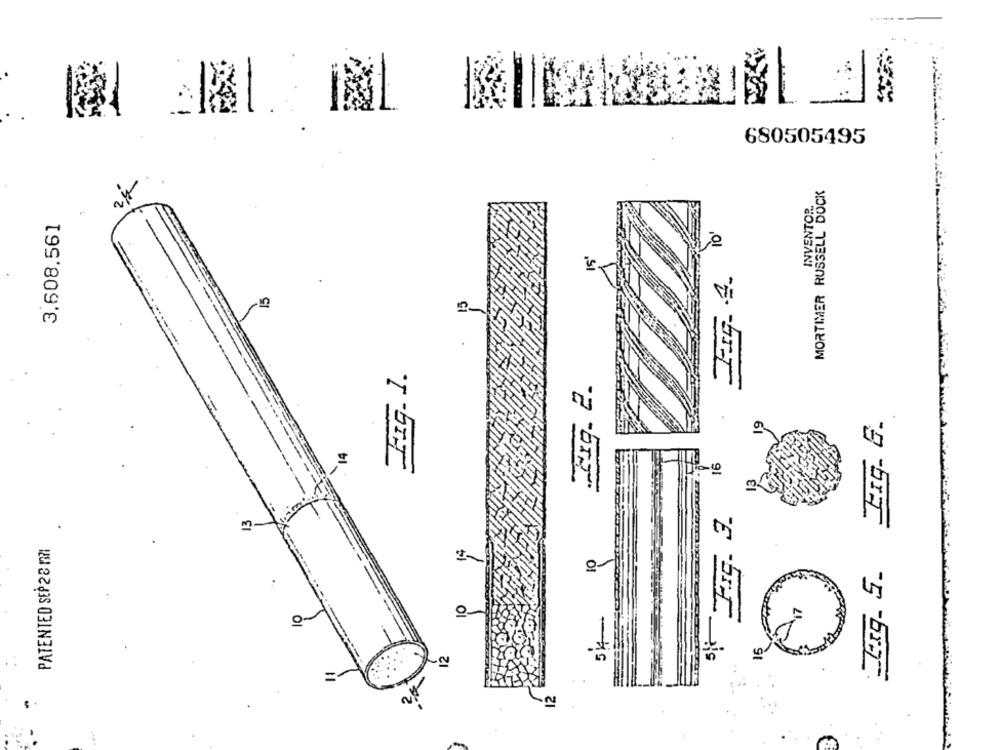
680505495
MORTIMER RUSSELL DOCK
INVENTOR.
3,608.561
15'
0-
Fig. 1.
Erq. 2.
Frg 5. Frg. G.
16
FIG. 3.
PATENTED SEP 2 8 137
10
17
10
15
12